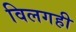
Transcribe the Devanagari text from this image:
विलगही